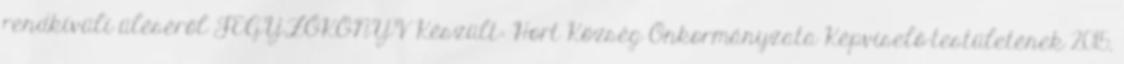
rendkívüli üléséről JEGYZŐKÖNYV Készült: Hort Község Önkormányzata Képviselő-testületének 2015.